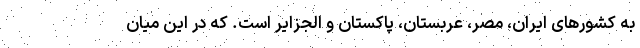
به کشورهای ایران، مصر، عربستان، پاکستان و الجزایر است. که در این میان